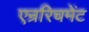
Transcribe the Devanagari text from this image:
एन्ररिचमेंट